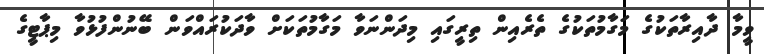
ވީމާ ދާއިރާތަކުގެ މަގާމުތަކުގެ ތެރެއިން ތިރީގައި މިދަންނަވާ މަގާމުތަކަށް ވާދަކުރައްވަން ބޭނުންފުޅުވާ މިޕާޓީގެ